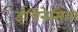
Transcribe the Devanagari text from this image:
ईचिनेसिया